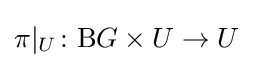
\pi |_{U}\colon \mathrm {B} G\times U\to U